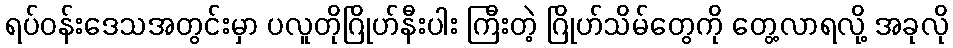
ရပ်ဝန်းဒေသအတွင်းမှာ ပလူတိုဂြိုဟ်နီးပါး ကြီးတဲ့ ဂြိုဟ်သိမ်တွေကို တွေ့လာရလို့ အခုလို